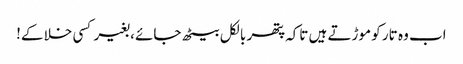
اب وہ تار کو موڑتے ہیں تاکہ پتھر بالکل بیٹھ جائے ، بغیر کسی خلا کے!